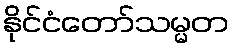
နိုင်ငံတော်သမ္မတ